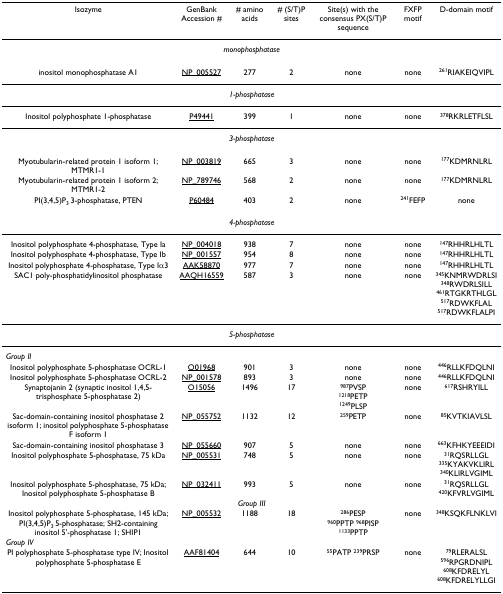
<table><thead><tr><td><b>Isozyme</b></td><td><b>GenBank Accession #</b></td><td><b># amino acids</b></td><td><b># (S/T)P sites</b></td><td><b>Site(s) with the consensus PX(S/T)P sequence</b></td><td><b>FXFP motif</b></td><td><b>D-domain motif</b></td></tr></thead><tbody><tr><td colspan="7"><i>monophosphatase</i></td></tr><tr><td>inositol monophosphatase A1</td><td>NP_005527</td><td>277</td><td>2</td><td>none</td><td>none</td><td><sup>261</sup>RIAKEIQVIPL</td></tr><tr><td colspan="7"><i>1-phosphatase</i></td></tr><tr><td>Inositol polyphosphate 1-phosphatase</td><td>P49441</td><td>399</td><td>1</td><td>none</td><td>none</td><td><sup>378</sup>RKRLETFLSL</td></tr><tr><td colspan="7"><i>3-phosphatase</i></td></tr><tr><td>Myotubularin-related protein 1 isoform 1; MTMR1-1</td><td>NP_003819</td><td>665</td><td>3</td><td>none</td><td>none</td><td><sup>177</sup>KDMRNLRL</td></tr><tr><td>Myotubularin-related protein 1 isoform 2; MTMR1-2</td><td>NP_789746</td><td>568</td><td>2</td><td>none</td><td>none</td><td><sup>177</sup>KDMRNLRL</td></tr><tr><td>PI(3,4,5)P<sub>3 </sub>3-phosphatase, PTEN</td><td>P60484</td><td>403</td><td>2</td><td>none</td><td><sup>241</sup>FEFP</td><td>none</td></tr><tr><td colspan="7"><i>4-phosphatase</i></td></tr><tr><td>Inositol polyphosphate 4-phosphatase, Type Ia</td><td>NP_004018</td><td>938</td><td>7</td><td>none</td><td>none</td><td><sup>147</sup>RHHRLHLTL</td></tr><tr><td>Inositol polyphosphate 4-phosphatase, Type Ib</td><td>NP_001557</td><td>954</td><td>8</td><td>none</td><td>none</td><td><sup>147</sup>RHHRLHLTL</td></tr><tr><td>Inositol polyphosphate 4-phosphatase, Type Iα3</td><td>AAK58870</td><td>977</td><td>7</td><td>none</td><td>none</td><td><sup>147</sup>RHHRLHLTL</td></tr><tr><td>SAC1 poly-phosphatidylinositol phosphatase</td><td>AAQH16559</td><td>587</td><td>3</td><td>none</td><td>none</td><td><sup>345</sup>KNMRWDRLSI<sup>348</sup>RWDRLSILL<sup>461</sup>RTGKRTHLGL<sup>517</sup>RDWKFLAL<sup>517</sup>RDWKFLALPI</td></tr><tr><td colspan="7"><i>5-phosphatase</i></td></tr><tr><td colspan="7"><i>Group II</i></td></tr><tr><td>Inositol polyphosphate 5-phosphatase OCRL-1</td><td>Q01968</td><td>901</td><td>3</td><td>none</td><td>none</td><td><sup>446</sup>RLLKFDQLNI</td></tr><tr><td>Inositol polyphosphate 5-phosphatase OCRL-2</td><td>NP_001578</td><td>893</td><td>3</td><td>none</td><td>none</td><td><sup>446</sup>RLLKFDQLNI</td></tr><tr><td>Synaptojanin 2 (synaptic inositol 1,4,5-trisphosphate 5-phosphatase 2)</td><td>O15056</td><td>1496</td><td>17</td><td><sup>987</sup>PVSP<sup>1218</sup>PETP<sup>1249</sup>PLSP</td><td>none</td><td><sup>617</sup>RSHRYILL</td></tr><tr><td>Sac-domain-containing inositol phosphatase 2 isoform 1; inositol polyphosphate 5-phosphatase F isoform 1</td><td>NP_055752</td><td>1132</td><td>12</td><td><sup>259</sup>PETP</td><td>none</td><td><sup>85</sup>KVTKIAVLSL</td></tr><tr><td>Sac-domain-containing inositol phosphatase 3</td><td>NP_055660</td><td>907</td><td>5</td><td>none</td><td>none</td><td><sup>663</sup>KFHKYEEEIDI</td></tr><tr><td>Inositol polyphosphate 5-phosphatase, 75 kDa</td><td>NP_005531</td><td>748</td><td>5</td><td>none</td><td>none</td><td><sup>31</sup>RQSRLLGL<sup>335</sup>KYAKVKLIRL<sup>340</sup>KLIRLVGIML</td></tr><tr><td>Inositol polyphosphate 5-phosphatase, 75 kDa; Inositol polyphosphate 5-phosphatase B</td><td>NP_032411</td><td>993</td><td>5</td><td>none</td><td>none</td><td><sup>31</sup>RQSRLLGL<sup>420</sup>KFVRLVGIML</td></tr><tr><td colspan="7"><i>Group III</i></td></tr><tr><td>Inositol polyphosphate 5-phosphatase, 145 kDa; PI(3,4,5)P<sub>3 </sub>5-phosphatase; SH2-containing inositol 5'-phosphatase 1; SHIP1</td><td>NP_005532</td><td>1188</td><td>18</td><td><sup>286</sup>PESP<sup>960</sup>PPTP <sup>968</sup>PISP<sup>1133</sup>PPTP</td><td>none</td><td><sup>348</sup>KSQKFLNKLVI</td></tr><tr><td colspan="7"><i>Group IV</i></td></tr><tr><td>PI polyphosphate 5-phosphatase type IV; Inositol polyphosphate 5-phosphatase E</td><td>AAF81404</td><td>644</td><td>10</td><td><sup>55</sup>PATP <sup>239</sup>PRSP</td><td>none</td><td><sup>79</sup>RLERALSL<sup>596</sup>RPGRDNIPL<sup>608</sup>KFDRELYL<sup>608</sup>KFDRELYLLGI</td></tr></tbody></table>